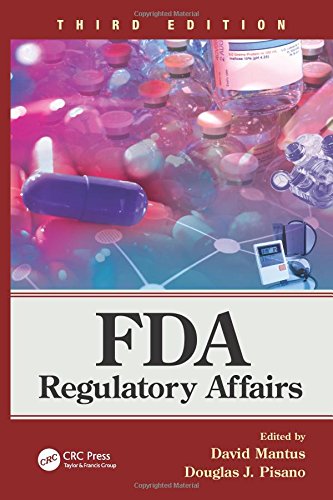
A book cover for FDA Regulatory Affairs: Third Edition; Medical Books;